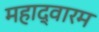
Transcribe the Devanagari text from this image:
महाद्वारम